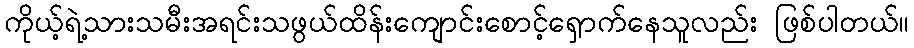
ကိုယ့်ရဲ့သားသမီးအရင်းသဖွယ်ထိန်းကျောင်းစောင့်ရှောက်နေသူလည်း ဖြစ်ပါတယ်။